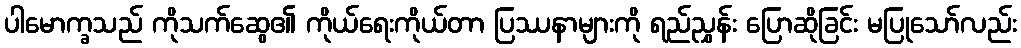
ပါမောက္ခသည် ကိုသက်ဆွေ၏ ကိုယ်ရေးကိုယ်တာ ပြဿနာများကို ရည်ညွှန်း ပြောဆိုခြင်း မပြုသော်လည်း